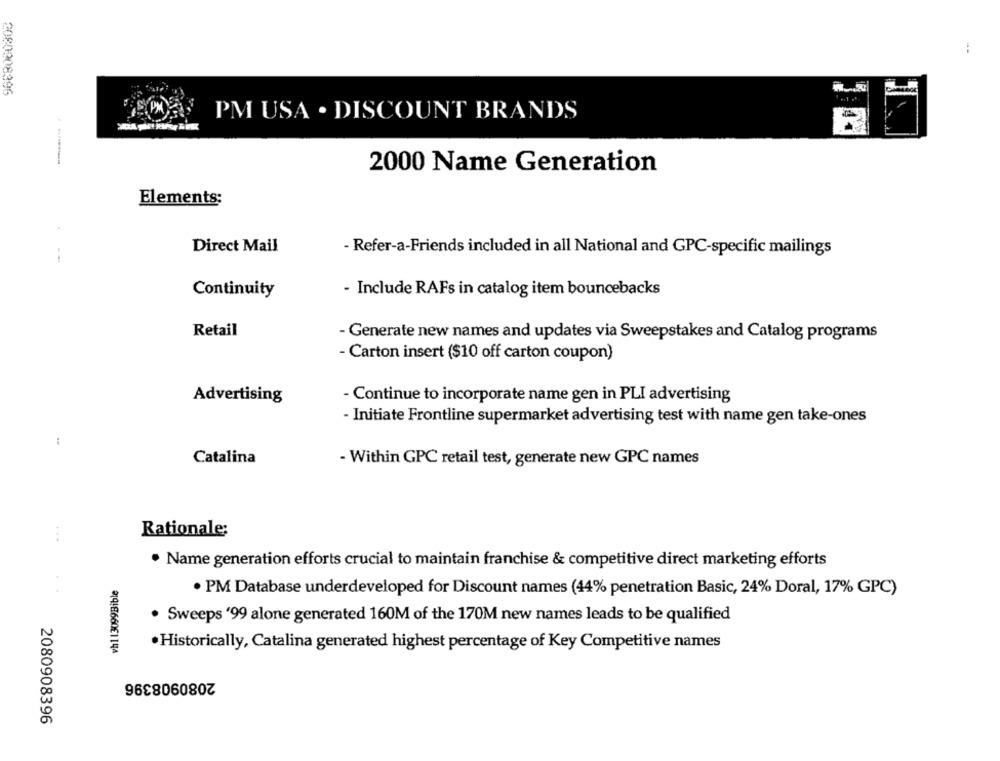
2080008396
PM
PM USA . DISCOUNT BRANDS
2000 Name Generation
Elements:
Direct Mail
- Refer-a-Friends included in all National and GPC-specific mailings
Continuity
- Include RAFs in catalog item bouncebacks
Retail
- Generate new names and updates via Sweepstakes and Catalog programs
- Carton insert ($10 off carton coupon)
Advertising
- Continue to incorporate name gen in PLI advertising
- Initiate Frontline supermarket advertising test with name gen take-ones
Catalina
- Within GPC retail test, generate new GPC names
Rationale;
· Name generation efforts crucial to maintain franchise & competitive direct marketing efforts
vh113099Bible
· PM Database underdeveloped for Discount names (44% penetration Basic, 24% Doral, 17% GPC)
. Sweeps '99 alone generated 160M of the 170M new names leads to be qualified
· Historically, Catalina generated highest percentage of Key Competitive names
2080908396
2080908396